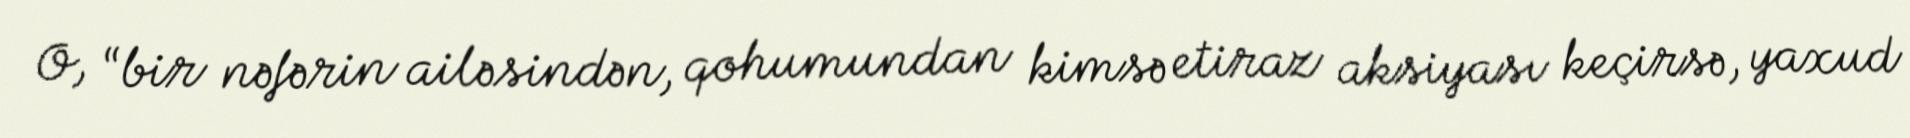
O, “bir nəfərin ailəsindən, qohumundan kimsə etiraz aksiyası keçirsə, yaxud